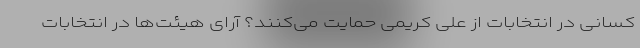
کسانی در انتخابات از علی کریمی حمایت می‌کنند؟ آرای هیئت‌ها در انتخابات